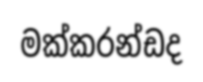
මක්කරන්ඩද